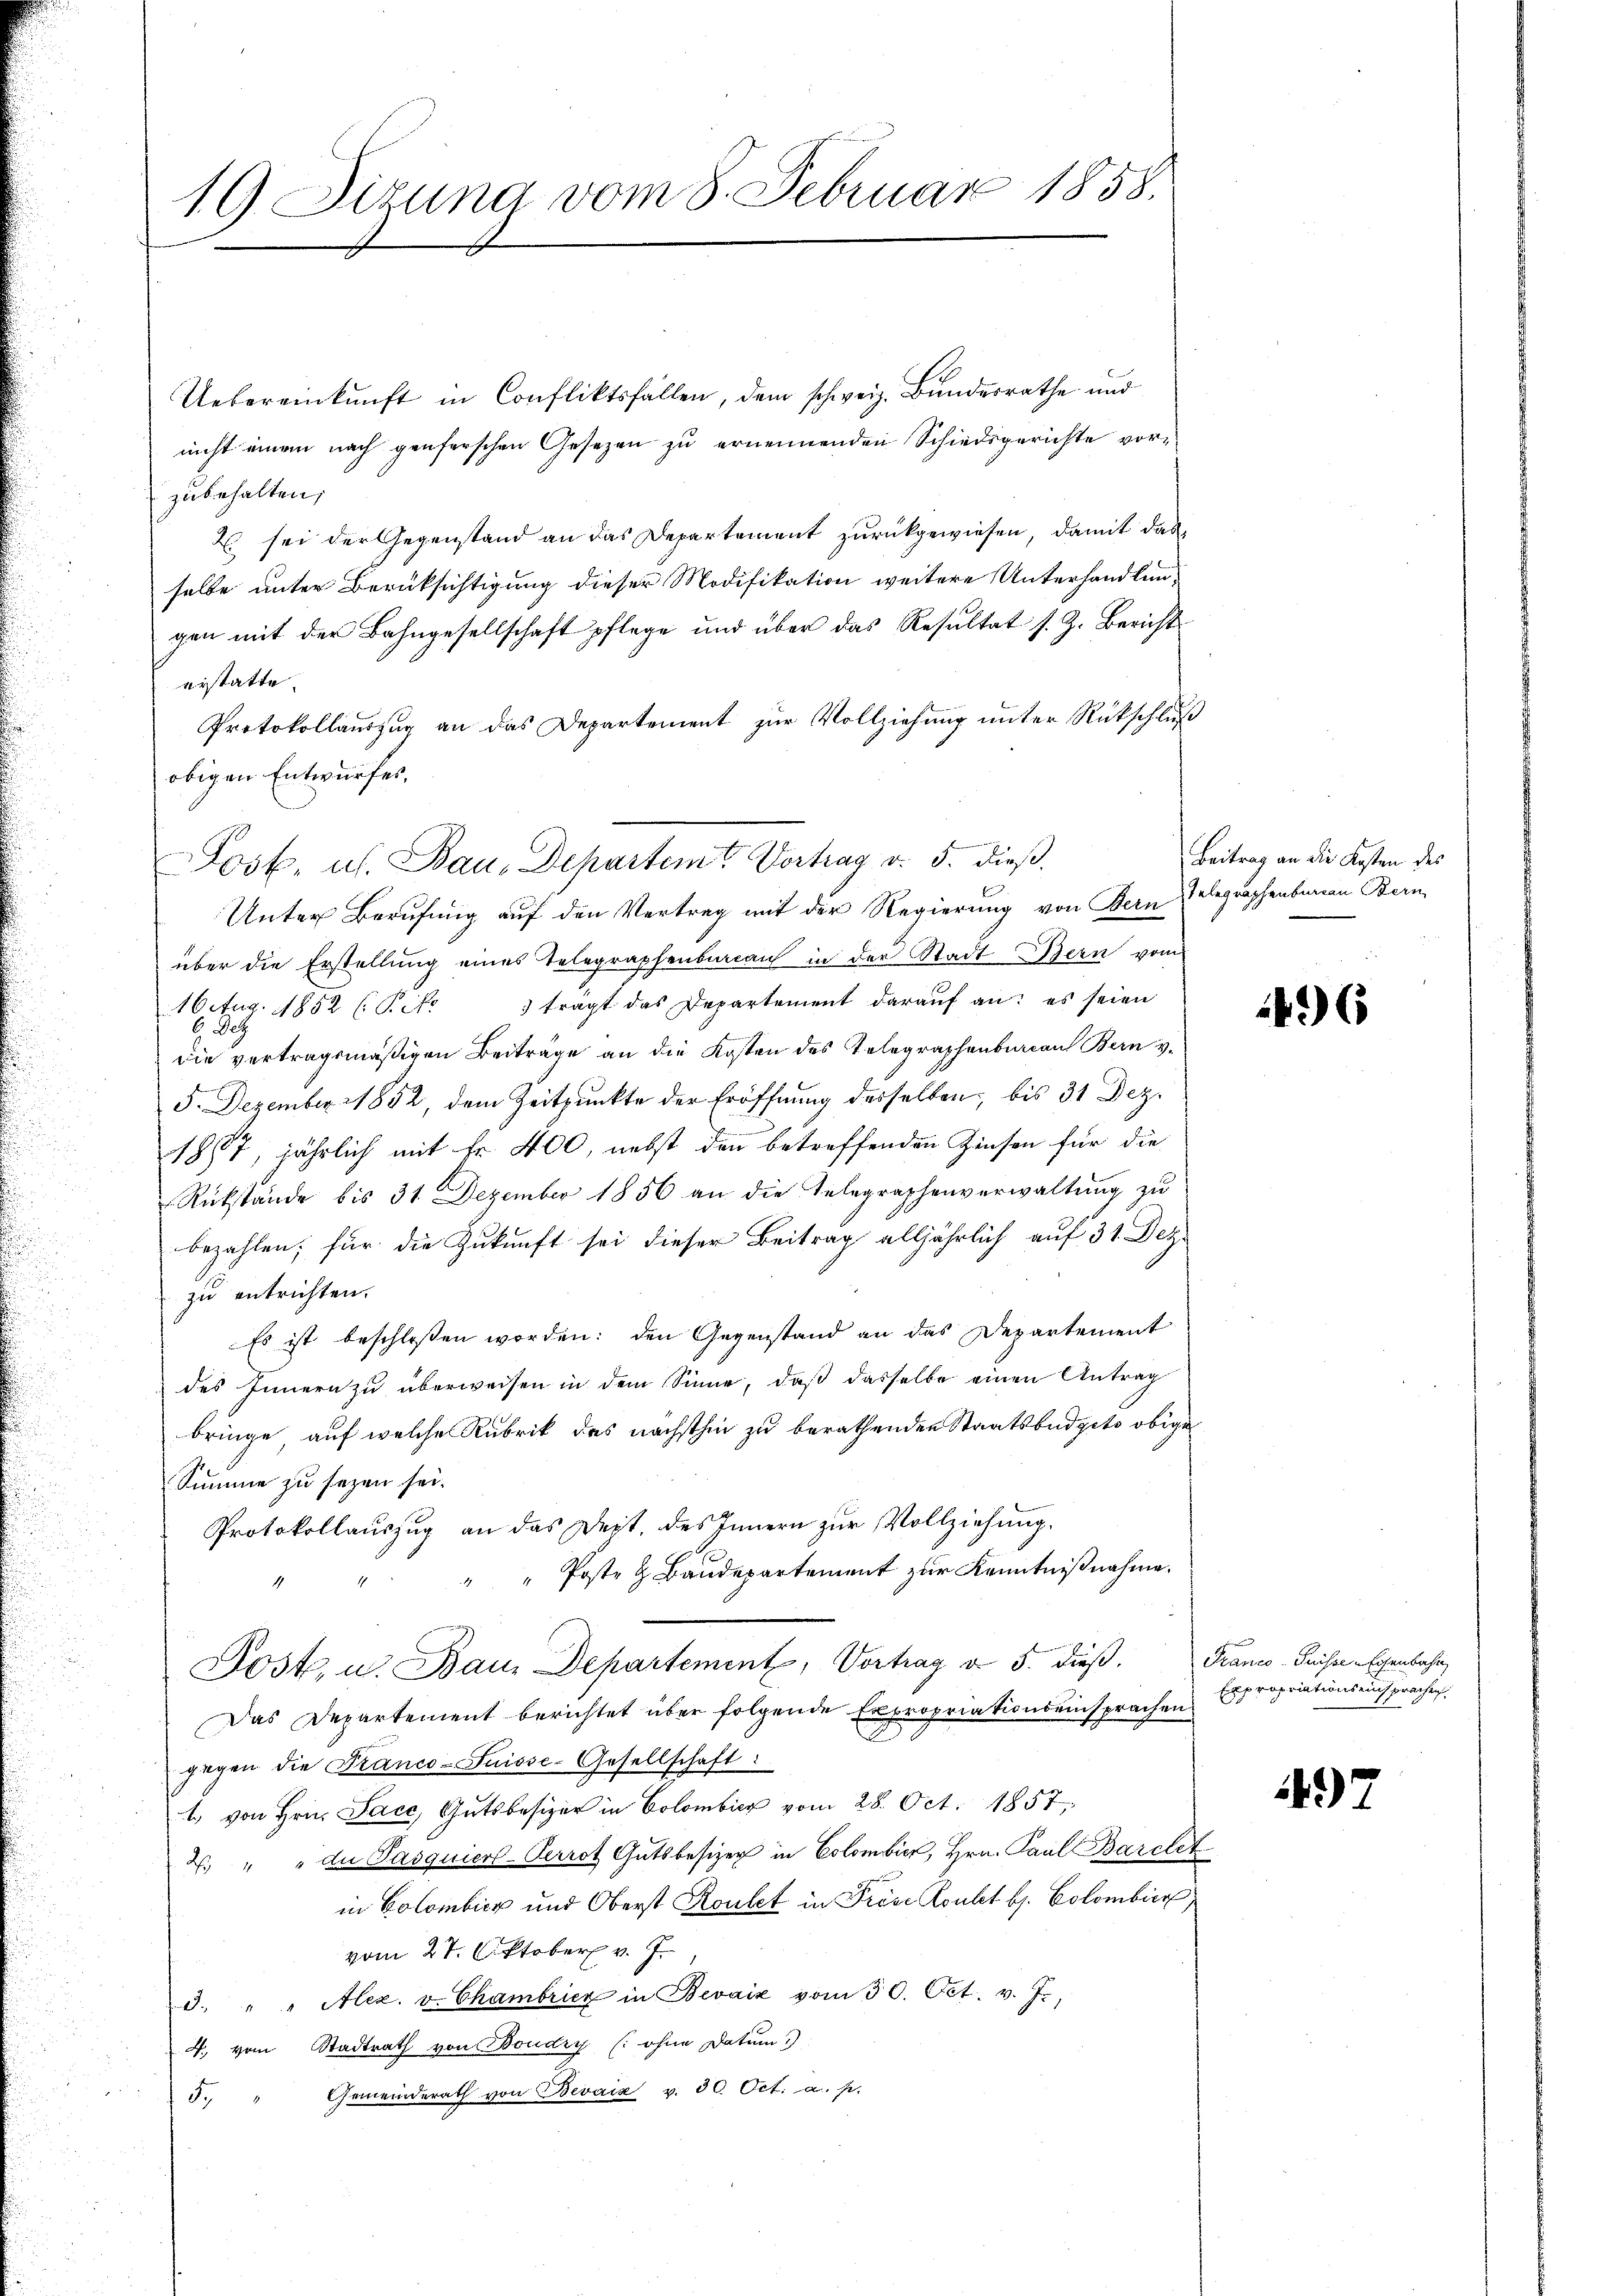
19. Jizuna vom 8. Februar 1858.

Uebereinkunft in Confliktsfällen, dem schweiz. Bundesrathe und
nicht einem nach genferschen Gesezen zu ernennenden Schiedsgerichte vorzubehalten,
2 sei der Gegenstand an das Departement zurückgewiesen, damit das
selbe unter Berüksichtigung dieser Modifikation weitere Unterhandlungen mit der Bahngesellschaft pflege und über das Resultat s. Z. Bericht
erstatte.
Protokollauszug an das Departement zur Vollziehung unter Rückschluß
obigen Entwurfes.
über die Erstellung eines Telegraphenbureau in der Stadt Bern vom
1Octug. 1852 (Rite 1 trägt das Departement daraŭf an: es seien
 Dez
die vertragsmäßigen Beiträge an die Kosten des Telegraphenbureau Bern v.
5. Dezember 1852, dem Zeitpunkte der Eröffnung desselben, bis 31 Dez.
1867, jährlich mit Fr. 400, nebst den betreffenden Zinsen für die
Rückstände bis 31. Dezember 1856 an die Telegraphenverwaltung zu
bezahlen; für die Zukunft sei dieser Beitrag alljährlich auf 31 Dez.
zu entrichten.
Es ist beschloßen worden: den Gegenstand an das Departement
des Innern zu überweisen in dem Sinne, daß dasselbe einen Antrag
bringe, auf welche Rubrik des nächsthin zu berathenden Staatsbüdgets obige
Summe zu sezen sei.
Protokollauszug an das Dest, des Innern zur Vollziehung.
Poste & Baudepartement zur Kenntnißnahme.
Post, u. Baue Departement, Vortrag v. 5. dieß.
Das Departement berichtet über folgende Expropriationseinsprachen
E
gegen die Franco-Suisse-Gesellschaft:
1. von Hrn. Jacc, Gutsbesizer in Colombier vom 28. Oct. 1857,
2. " " du Pasquiers-Perrot Gutsbesizer in Colombier, Hrn. Paul Barcket
in Colombick und Oberst Roulet in Prose Kontet b. Colombier
vom 27. Oktober v. J.
3. " " Alex. v. Chambricz in Bevaiz vom 30. Oct. v. J.,
4. vom Stadtrath von Boudry (ohne Datum!)
Gemeinderath von Bevaix v. 30 Oct. a. p.
5

Josk. u. Bau, Departemt Vortrag v. 5. dieß.
Unter Berufung auf den Vertrag mit der Regierung von Bern Telegraphenbaren Bern

Beitrag an die Kosten des

46

Franco- Puisse Eisenbahn
Expropriationseinsprachen

497